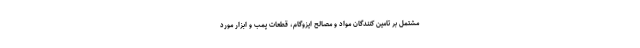
مشتمل بر تامین کنندگان مواد و مصالح ایزوگام، قطعات پمب و ابزار مورد